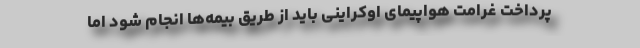
پرداخت غرامت هواپیمای اوكراینی باید از طریق بیمه‌ها انجام شود اما